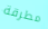
مطرقة